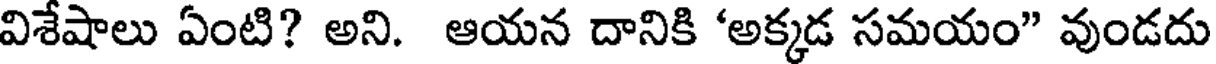
విశేషాలు ఏంటి? అని. ఆయన దానికి 'అక్కడ సమయం" వుండదు